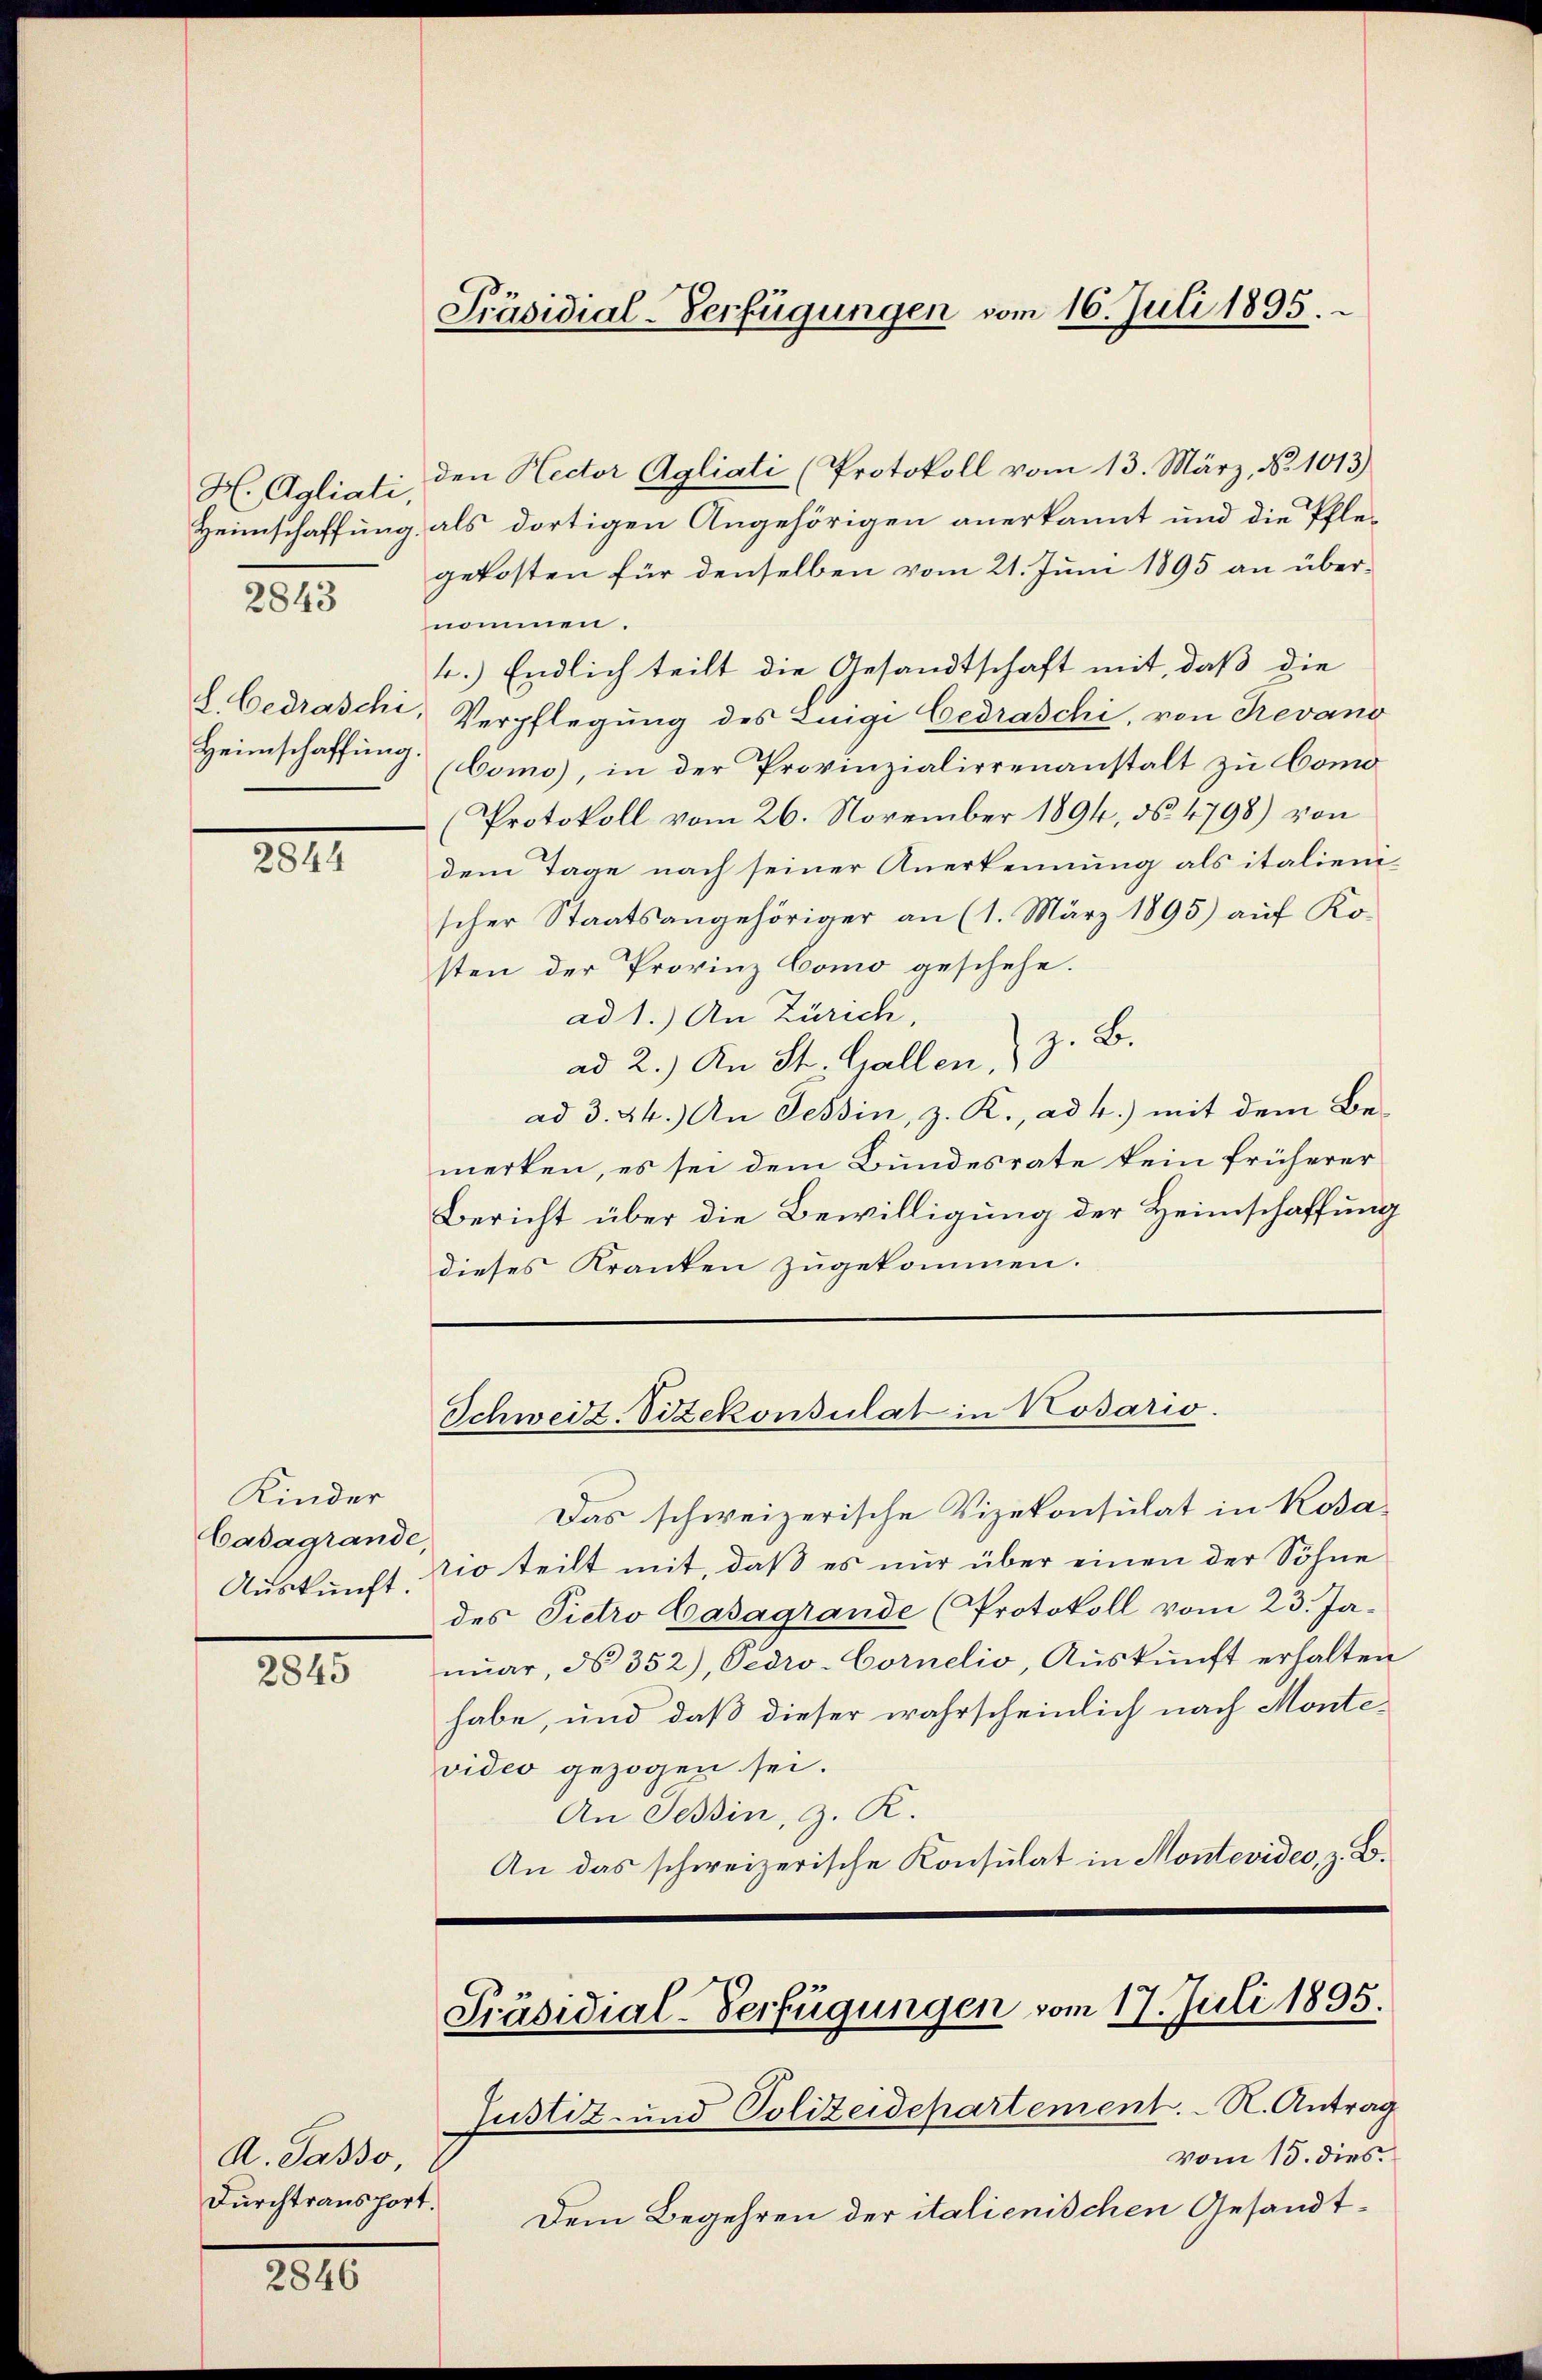
H. Agliati,
Heimschaffung
2843

L. Gedraschi
Heimschaffung

2844

Kinder
Cadagrande
Auskunft.

2845

A. Passo,
Durchtransport.

2846

Präsidial-Verfügungen vom 16. Juli 1895.

Präsidial-Verfügungen vom 17. Juli 1895.

den Rector Agliati (Protokoll vom 13. März, N. 1013)
als dortigen Angehörigen anerkannt und die Pfle-
gekosten für denselben vom 21. Juni 1895 an übernommen.
4.) Endlich teilt die Gesandtschaft mit, daß die
Verpflegung des Luigi Cedraschi, von Revano
(Como), in der Provinzialierenanstalt zu Como
Protokoll vom 26. November 1894, No 4798) von
dem Tage nach seiner Anerkennung als italien
scher Staatsangehöriger an (1. März 1895) auf Ko-
sten der Provinz Como geschehe.
ad 1.) An Zürich,
z. B.
ad 2.) An St. Gallen,
ad 3. 44.) An Tessin, z. R., ad 4.) mit dem Bemerken, es sei dem Bundesrate kein früherer
Bericht über die Bewilligung der Heimschaffung
dieses Kranken zugekommen.
Schweiz. Vizekonsulat in Kosario.
Das schweizerische Vizekonsulat in Kosatio teilt mit, daß es nur über einen der Söhne
des Pietro Caragrande (Protokoll vom 23. Janŭar ds 352), Pedro-Cornelio, Aŭskŭnft erhalten
habe, und daß dieser wahrscheinlich nach Montevideo gezogen sei.
An Tessin, z. K.
An das schweizerische Konsulat in Montevides, z. B.

Justiz- und Polizeidepartement. – N. Antrag
vom 15. dies.
Dem Begehren der italienischen Gesandt¬